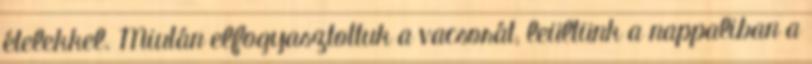
ételekkel. Miután elfogyasztottuk a vacsorát, leültünk a nappaliban a